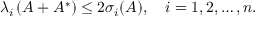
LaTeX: \lambda _ { i } \left( A + A ^ { * } \right) \leq 2 \sigma _ { i } ( A ) , \quad i = 1 , 2 , \ldots , n .